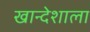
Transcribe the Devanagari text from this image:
खान्देशाला